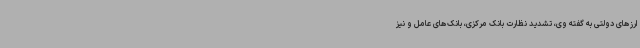
ارزهای دولتی به گفته وی، تشدید نظارت بانک مرکزی، بانک‌های عامل و نیز